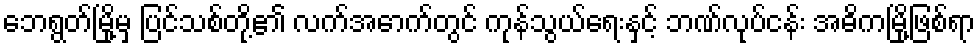
ဘေရွတ်မြို့မှ ပြင်သစ်တို့၏ လက်အောက်တွင် ကုန်သွယ်ရေးနှင့် ဘဏ်လုပ်ငန်း အဓိကမြို့ဖြစ်ရာ